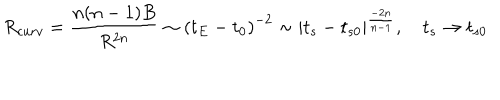
R _ { c u r v } = \frac { n ( n - 1 ) B } { R ^ { 2 n } } \sim \left( t _ { E } - t _ { 0 } \right) ^ { - 2 } \sim \left| t _ { s } - t _ { s 0 } \right| ^ { \frac { - 2 n } { n - 1 } } , \quad t _ { s } \rightarrow t _ { s 0 }